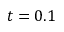
t = 0 . 1